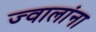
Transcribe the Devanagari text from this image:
ज्वालांना